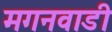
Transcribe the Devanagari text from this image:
मगनवाडी